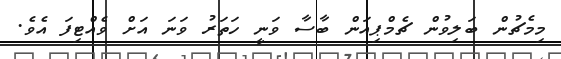
މިމެޗުން ބަލިވުން ޗެމްޕިއަން ބާސާ ވަނީ ހަތަރު ވަނަ އަށް ވެއްޓިފަ އެވެ.